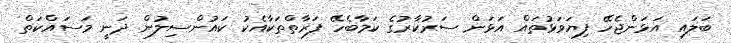
ބަލައި އަޅަންޖެހޭ ފިޔަވަޅުތައް އަޅަން ސަރުކާރުގެ ކަމާބެހޭ ފަރާތްތަކާއެކު ކައުންސިލުން ދަނީ މަސައްކަތް